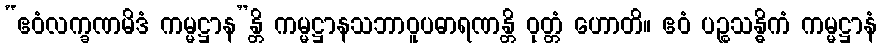
“ဧဝံလက္ခဏမိဒံ ကမ္မဋ္ဌာန”န္တိ ကမ္မဋ္ဌာနသဘာဝူပဓာရဏန္တိ ဝုတ္တံ ဟောတိ။ ဧဝံ ပဉ္စသန္ဓိကံ ကမ္မဋ္ဌာနံ